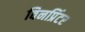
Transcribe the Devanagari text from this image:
विनप्रिंटर